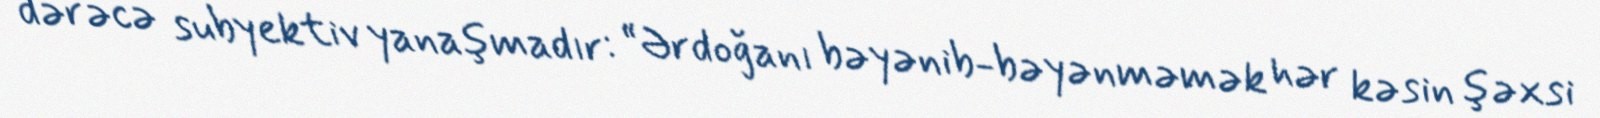
dərəcə subyektiv yanaşmadır: “Ərdoğanı bəyənib-bəyənməmək hər kəsin şəxsi